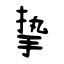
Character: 挚